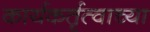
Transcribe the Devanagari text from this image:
कार्यकर्तृत्वाच्या